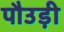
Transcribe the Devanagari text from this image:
पौउड़ी